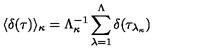
\langle \delta ( \tau ) \rangle _ { \kappa } = \Lambda _ { \kappa } ^ { - 1 } \sum _ { \lambda = 1 } ^ { \Lambda } \delta ( \tau _ { \lambda _ { \kappa } } )